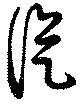
従